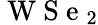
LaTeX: \mathrm{~W~S~e~}_{2}